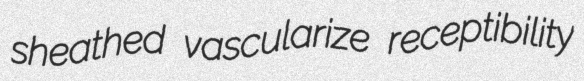
sheathed vascularize receptibility